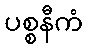
ပစ္စနီကံ